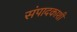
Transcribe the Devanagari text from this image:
संपादकाशी